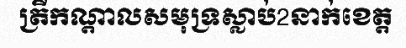
ត្រីកណ្តាលសមុទ្រស្លាប់2នាក់ខេត្ត